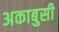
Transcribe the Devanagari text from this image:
अकाबुसी